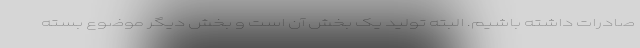
صادرات داشته باشیم. البته تولید یک بخش آن است و بخش دیگر موضوع بسته